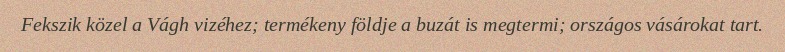
Fekszik közel a Vágh vizéhez; termékeny földje a buzát is megtermi; országos vásárokat tart.